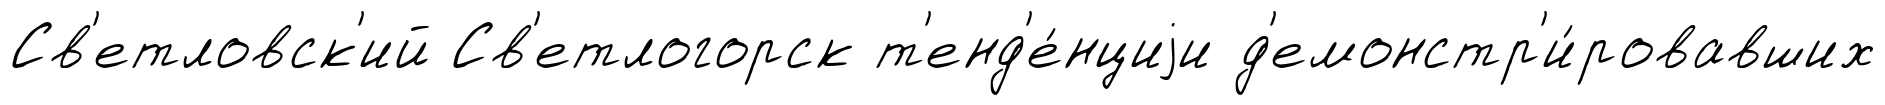
Св'етловск'ий Св'етлогорск т'енд'е́нциjи д'емонстр'и́ровавших